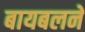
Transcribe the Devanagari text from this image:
बायबलने